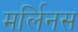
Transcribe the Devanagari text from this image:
मर्लिनस